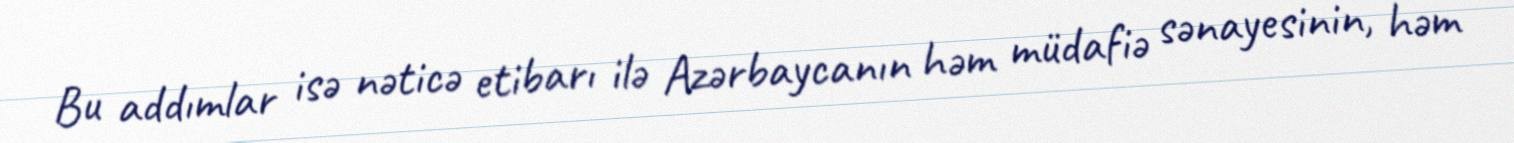
Bu addımlar isə nəticə etibarı ilə Azərbaycanın həm müdafiə sənayesinin, həm